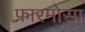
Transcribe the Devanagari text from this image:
फ़ारमोसा